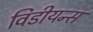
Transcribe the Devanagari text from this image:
विडीयन्स